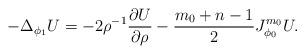
LaTeX: \begin{align*}-\Delta_{\phi_1}U = -2\rho^{-1}\frac{\partial U}{\partial\rho} - \frac{m_0+n-1}{2}J_{\phi_0}^{m_0}U .\end{align*}